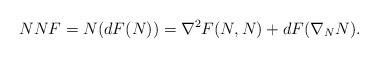
LaTeX: \begin{align*}NNF=N(dF(N))=\nabla^2F(N,N)+dF(\nabla_NN).\end{align*}